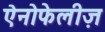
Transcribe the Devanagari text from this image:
ऐनोफेलीज़